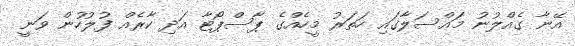
އޭނާ ގެއްލުނު މައްސަލާގައި ހަތަރު މީހެއްގެ ޕާސްޕޯޓާ އަދި ކާރެއް ފުލުހުން ވަނީ